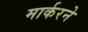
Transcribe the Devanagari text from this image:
मार्करने